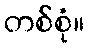
တစ်စုံ။